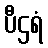
ပီဌရံ